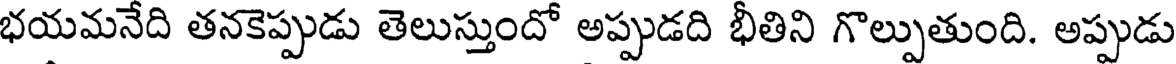
భయమనేది తనకెప్పుడు తెలుస్తుందో అప్పుడది భీతిని గొల్పుతుంది. అప్పుడు